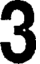
3